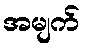
အမျက်